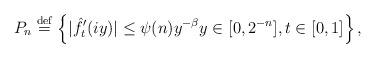
\begin{align*}P_{n} \overset{\mathrm{def}}{=} \left\{|\hat{f}'_{t}(iy)|\le \psi(n)y^{-\beta} y\in[0, 2^{-n}], t\in[0,1] \right\},\end{align*}